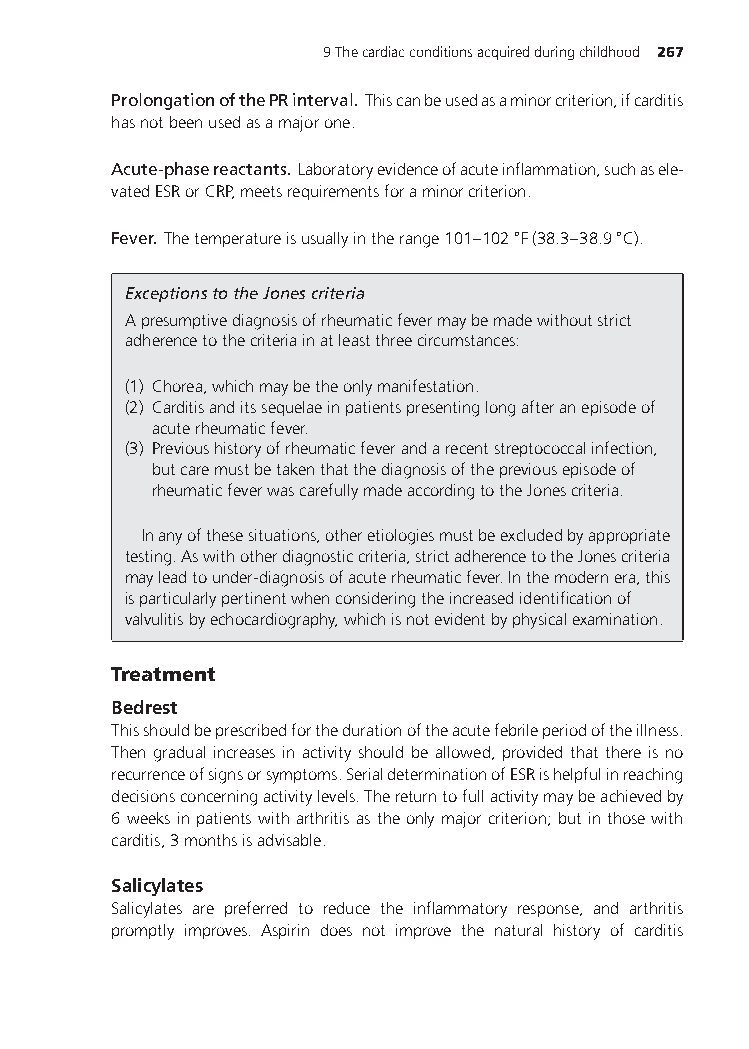
9Thecardiacconditionsacquiredduringchildhood 267
 ProlongationofthePRinterval. Thiscanbeusedasaminorcriterion,ifcarditis
 hasnotbeenusedasamajorone.
 Acute-phasereactants. Laboratoryevidenceofacuteinflammation,suchasele-
 vatedESRorCRP,meetsrequirementsforaminorcriterion.
 ∘      ∘
 Fever. Thetemperatureisusuallyintherange101–102 F(38.3–38.9 C).
 ExceptionstotheJonescriteria
 Apresumptivediagnosisofrheumaticfevermaybemadewithoutstrict
 adherencetothecriteriainatleastthreecircumstances:
 (1) Chorea,whichmaybetheonlymanifestation.
 (2) Carditisanditssequelaeinpatientspresentinglongafteranepisodeof
 acuterheumaticfever.
 (3) Previoushistoryofrheumaticfeverandarecentstreptococcalinfection,
 butcaremustbetakenthatthediagnosisofthepreviousepisodeof
 rheumaticfeverwascarefullymadeaccordingtotheJonescriteria.
 Inanyofthesesituations,otheretiologiesmustbeexcludedbyappropriate
 testing.Aswithotherdiagnosticcriteria,strictadherencetotheJonescriteria
 mayleadtounder-diagnosisofacuterheumaticfever.Inthemodernera,this
 isparticularlypertinentwhenconsideringtheincreasedidentificationof
 valvulitisbyechocardiography,whichisnotevidentbyphysicalexamination.
 Treatment
 Bedrest
 Thisshouldbeprescribedforthedurationoftheacutefebrileperiodoftheillness.
 Then gradual increases in activity should be allowed, provided that there is no
 recurrenceofsignsorsymptoms.SerialdeterminationofESRishelpfulinreaching
 decisionsconcerningactivitylevels.Thereturntofullactivitymaybeachievedby
 6weeksinpatientswitharthritisastheonlymajorcriterion;butinthosewith
 carditis,3monthsisadvisable.
 Salicylates
 Salicylates are preferred to reduce the inflammatory response, and arthritis
 promptly improves. Aspirin does not improve the natural history of carditis